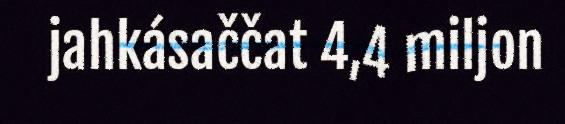
jahkásaččat 4,4 miljon